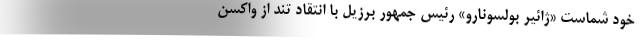
خود شماست «ژائیر بولسونارو» رئیس جمهور برزیل با انتقاد تند از واکسن